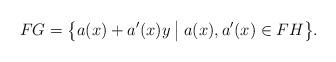
LaTeX: \begin{align*} FG=\big\{a(x)+a'(x)y\:\big|\; a(x),a'(x)\in FH \big\}.\end{align*}